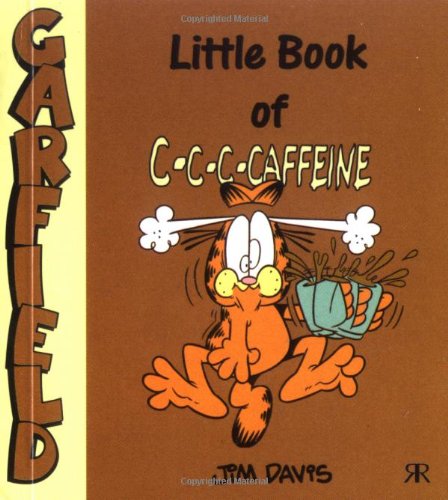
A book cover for Little Book of C-c-c-caffeine (Garfield Little Books); Jim Davis; Health, Fitness & Dieting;